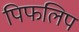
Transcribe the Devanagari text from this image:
पिफलिप